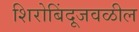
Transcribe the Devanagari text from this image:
शिरोबिंदूजवळील